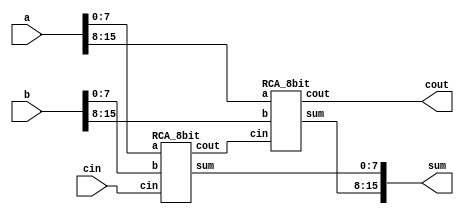
`timescale 1ns/1ps

module RCA_16bit(a,b,cin,sum,cout);

    input [15:0] a,b;
    input cin;
    output [15:0] sum;
    output cout;
	wire  c;
    
	//--- Write your design here ---//
	RCA_8bit FA(a[7:0],b[7:0],sum[7:0],cin,c);
	RCA_8bit FB(a[15:8],b[15:8],sum[15:8],c,cout);
	//--- Write your design here ---//

endmodule

module RCA_8bit(a,b,sum,cin,cout);


    input [7:0] a,b;
	input cin;
    output [7:0] sum;
	output cout;
	wire [7:0] c;
	//--- Write your design here ---//
	fulladder A(a[0],b[0],sum[0],cin,c[0]);
	fulladder B(a[1],b[1],sum[1],c[0],c[1]);
	fulladder C(a[2],b[2],sum[2],c[1],c[2]);
	fulladder D(a[3],b[3],sum[3],c[2],c[3]);
	fulladder E(a[4],b[4],sum[4],c[3],c[4]);
	fulladder F(a[5],b[5],sum[5],c[4],c[5]);
	fulladder G(a[6],b[6],sum[6],c[5],c[6]);
	fulladder H(a[7],b[7],sum[7],c[6],c[7]);
	//--- Write your design here ---//
	assign cout = c[7];

endmodule

module fulladder(a,b,sum,cin,cout);
	
	input a, b, cin;
	output sum,cout;
	wire x,y,z,q;

    //sum = (a ^ b) ^ cin;
    //cout = ((a & b) | ((a | b) & cin));
	
	xorgate xor1 (a,b,x);
	xorgate xor2(x,cin,sum);
	andgate and1(a,b,y);
	andgate and2(z,cin,q);
	orgate or1(a,b,z);
	orgate or2(y,q,cout);

endmodule

module andgate (a,b,out);
	
	input a, b;
	output reg out;

	always @ (*)  begin
		#7 out <= a & b;
	end

endmodule

module orgate (a,b,out);
	
	input a, b;
	output reg out;

	always @ (*)  begin
		#4 out <= a | b;
	end

endmodule

module xorgate (a,b,out);
	
	input a,b;
	output out;
	wire x,y,z;

	andgate and1 (a,~b,x);
	andgate and2 (~a,b,y);
	orgate or1 (x,y,out);

endmodule